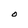
Character: O